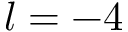
l = - 4